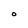
Character: O